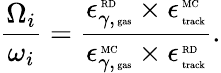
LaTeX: \frac{{\Omega}_{i}}{\omega_{i}}=\frac{\epsilon_{\gamma,\mathrm{\tiny~gas}}^{\mathrm{\tiny~RD}}\times\epsilon_{\mathrm{\tiny~track}}^{\mathrm{\tiny~MC}}}{\epsilon_{\gamma,\mathrm{\tiny~gas}}^{\mathrm{\tiny~MC}}\times\epsilon_{\mathrm{\tiny~track}}^{\mathrm{\tiny~RD}}}.